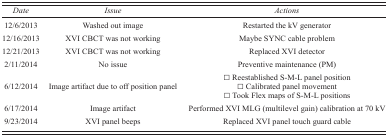
<table><thead><tr><td><b><i>Date</i></b></td><td><b><i>Issue</i></b></td><td><b><i>Actions</i></b></td></tr></thead><tbody><tr><td>12/6/2013</td><td>Washed out image</td><td>Restarted the kV generator</td></tr><tr><td>12/16/2013</td><td>XVI CBCT was not working</td><td>Maybe SYNC cable problem</td></tr><tr><td>12/21/2013</td><td>XVI CBCT was not working</td><td>Replaced XVI detector</td></tr><tr><td>2/11/2014</td><td>No issue</td><td>Preventive maintenance (PM)</td></tr><tr><td>6/12/2014</td><td>Image artifact due to off position panel</td><td>□ Reestablished S‐M‐L panel position □ Calibrated panel movement □ Took Flex maps of S‐M‐L positions</td></tr><tr><td>6/17/2014</td><td>Image artifact</td><td>Performed XVI MLG (multilevel gain) calibration at 70 kV</td></tr><tr><td>9/23/2014</td><td>XVI panel beeps</td><td>Replaced XVI panel touch guard cable</td></tr></tbody></table>